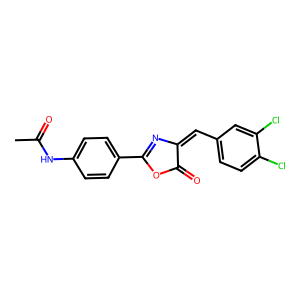
SMILES: CC(=O)Nc1ccc(C2=NC(=Cc3ccc(Cl)c(Cl)c3)C(=O)O2)cc1
Inhibits HIV replication: No